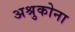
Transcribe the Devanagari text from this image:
अश्रुकोना